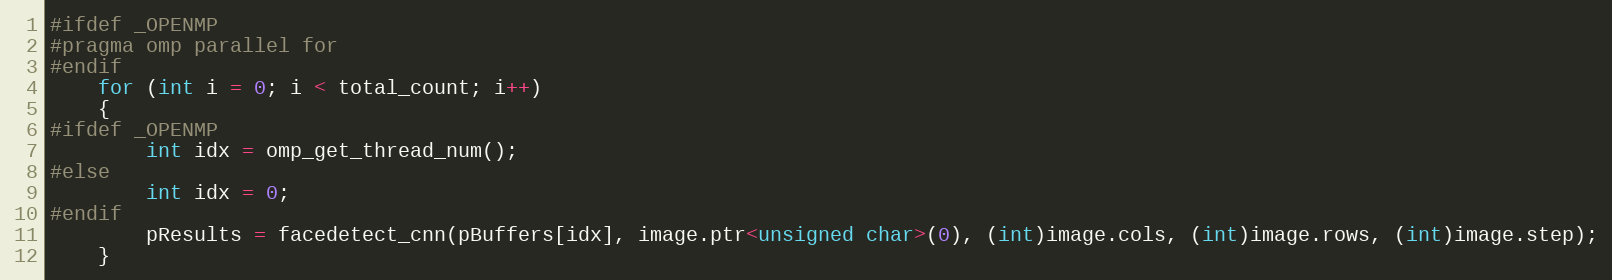
Language: C++
#ifdef _OPENMP
#pragma omp parallel for
#endif
    for (int i = 0; i < total_count; i++)
    {
#ifdef _OPENMP
        int idx = omp_get_thread_num();
#else
        int idx = 0;
#endif
        pResults = facedetect_cnn(pBuffers[idx], image.ptr<unsigned char>(0), (int)image.cols, (int)image.rows, (int)image.step);
    }